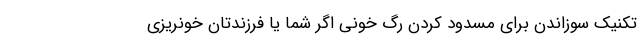
تکنیک سوزاندن برای مسدود کردن رگ خونی اگر شما یا فرزندتان خونریزی